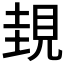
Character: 𧠹